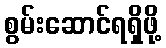
စွမ်းဆောင်ရရှိဖို့